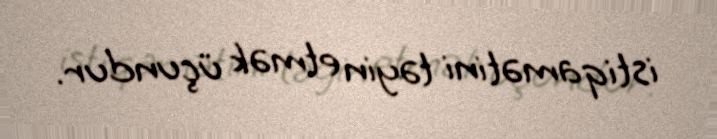
istiqamətini təyin etmək üçundur.